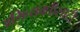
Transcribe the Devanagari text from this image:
अभिव्यक्तीसाठी